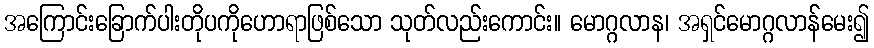
အကြောင်းခြောက်ပါးတိုပကိုဟောရာဖြစ်သော သုတ်လည်းကောင်း။ မောဂ္ဂလာန၊ အရှင်မောဂ္ဂလာန်မေး၍